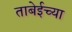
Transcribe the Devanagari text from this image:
ताबेईच्या